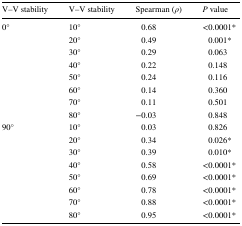
| V–V stability | V–V stability | Spearman (ρ) | P value |
 | --- | --- | --- | --- |
 | <ROWSPAN=8> 0° | 10° | 0.68 | <0.0001* |
 | 20° | 0.49 | 0.001* |
 | 30° | 0.29 | 0.063 |
 | 40° | 0.22 | 0.148 |
 | 50° | 0.24 | 0.116 |
 | 60° | 0.14 | 0.360 |
 | 70° | 0.11 | 0.501 |
 | 80° | −0.03 | 0.848 |
 | <ROWSPAN=8> 90° | 10° | 0.03 | 0.826 |
 | 20° | 0.34 | 0.026* |
 | 30° | 0.39 | 0.010* |
 | 40° | 0.58 | <0.0001* |
 | 50° | 0.69 | <0.0001* |
 | 60° | 0.78 | <0.0001* |
 | 70° | 0.88 | <0.0001* |
 | 80° | 0.95 | <0.0001* |